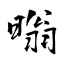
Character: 暡